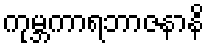
ကုမ္ဘကာရဘာဇနာနိ